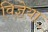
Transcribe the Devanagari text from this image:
विज्ञेया